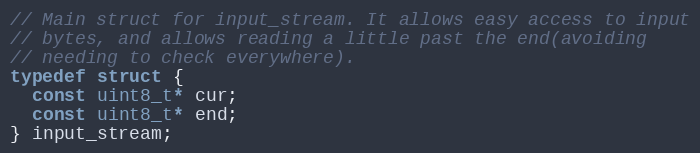
Language: C
// Main struct for input_stream. It allows easy access to input
// bytes, and allows reading a little past the end(avoiding
// needing to check everywhere).
typedef struct {
  const uint8_t* cur;
  const uint8_t* end;
} input_stream;